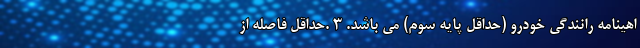
اهينامه رانندگي خودرو (حداقل پايه سوم) مي باشد. 3 .حداقل فاصله از